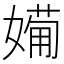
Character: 𱙨